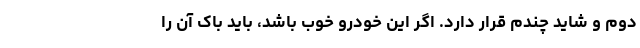
دوم و شاید چندم قرار دارد. اگر این خودرو خوب باشد، باید باک آن را